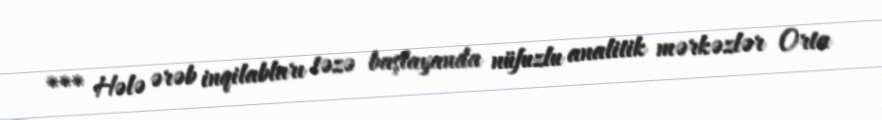
*** Hələ ərəb inqilabları təzə başlayanda nüfuzlu analitik mərkəzlər Orta